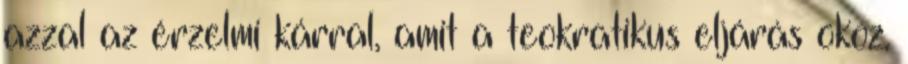
azzal az érzelmi kárral, amit a teokratikus eljárás okoz.